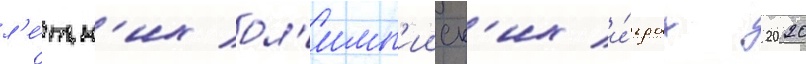
л'е́тн'их ол'имп'ииск'их и́грах 2020